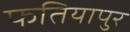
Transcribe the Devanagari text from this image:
फतियापुर